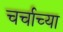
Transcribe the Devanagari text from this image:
चर्चाच्या